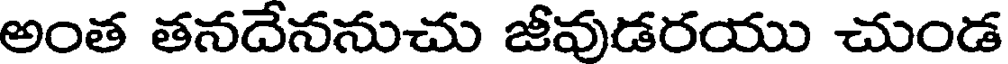
అంత తనదేననుచు జీవుడరయు చుండ